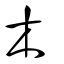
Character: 木